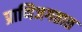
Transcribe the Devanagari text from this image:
प्राणिजगतात